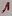
Text: 1